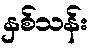
နှစ်သန်း